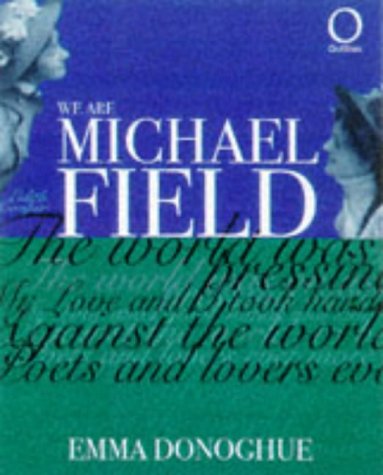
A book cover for We Are Michael Field (Outlines); Emma Donoghue; Gay & Lesbian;